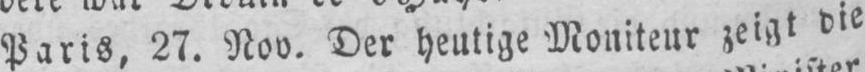
Paris, 27. Nov. Der heutige Moniteur zeigt die